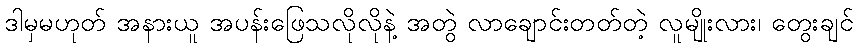
ဒါမှမဟုတ် အနားယူ အပန်းဖြေသလိုလိုနဲ့ အတွဲ လာချောင်းတတ်တဲ့ လူမျိုးလား၊ တွေးချင်